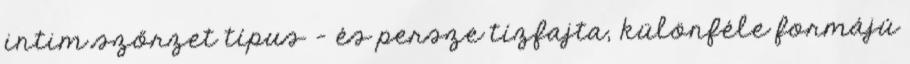
intim szőrzet típus – és persze tízfajta, különféle formájú